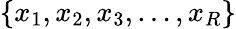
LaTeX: \left\{ x_{1},x_{2},x_{3},\dots,x_{R}\right\}